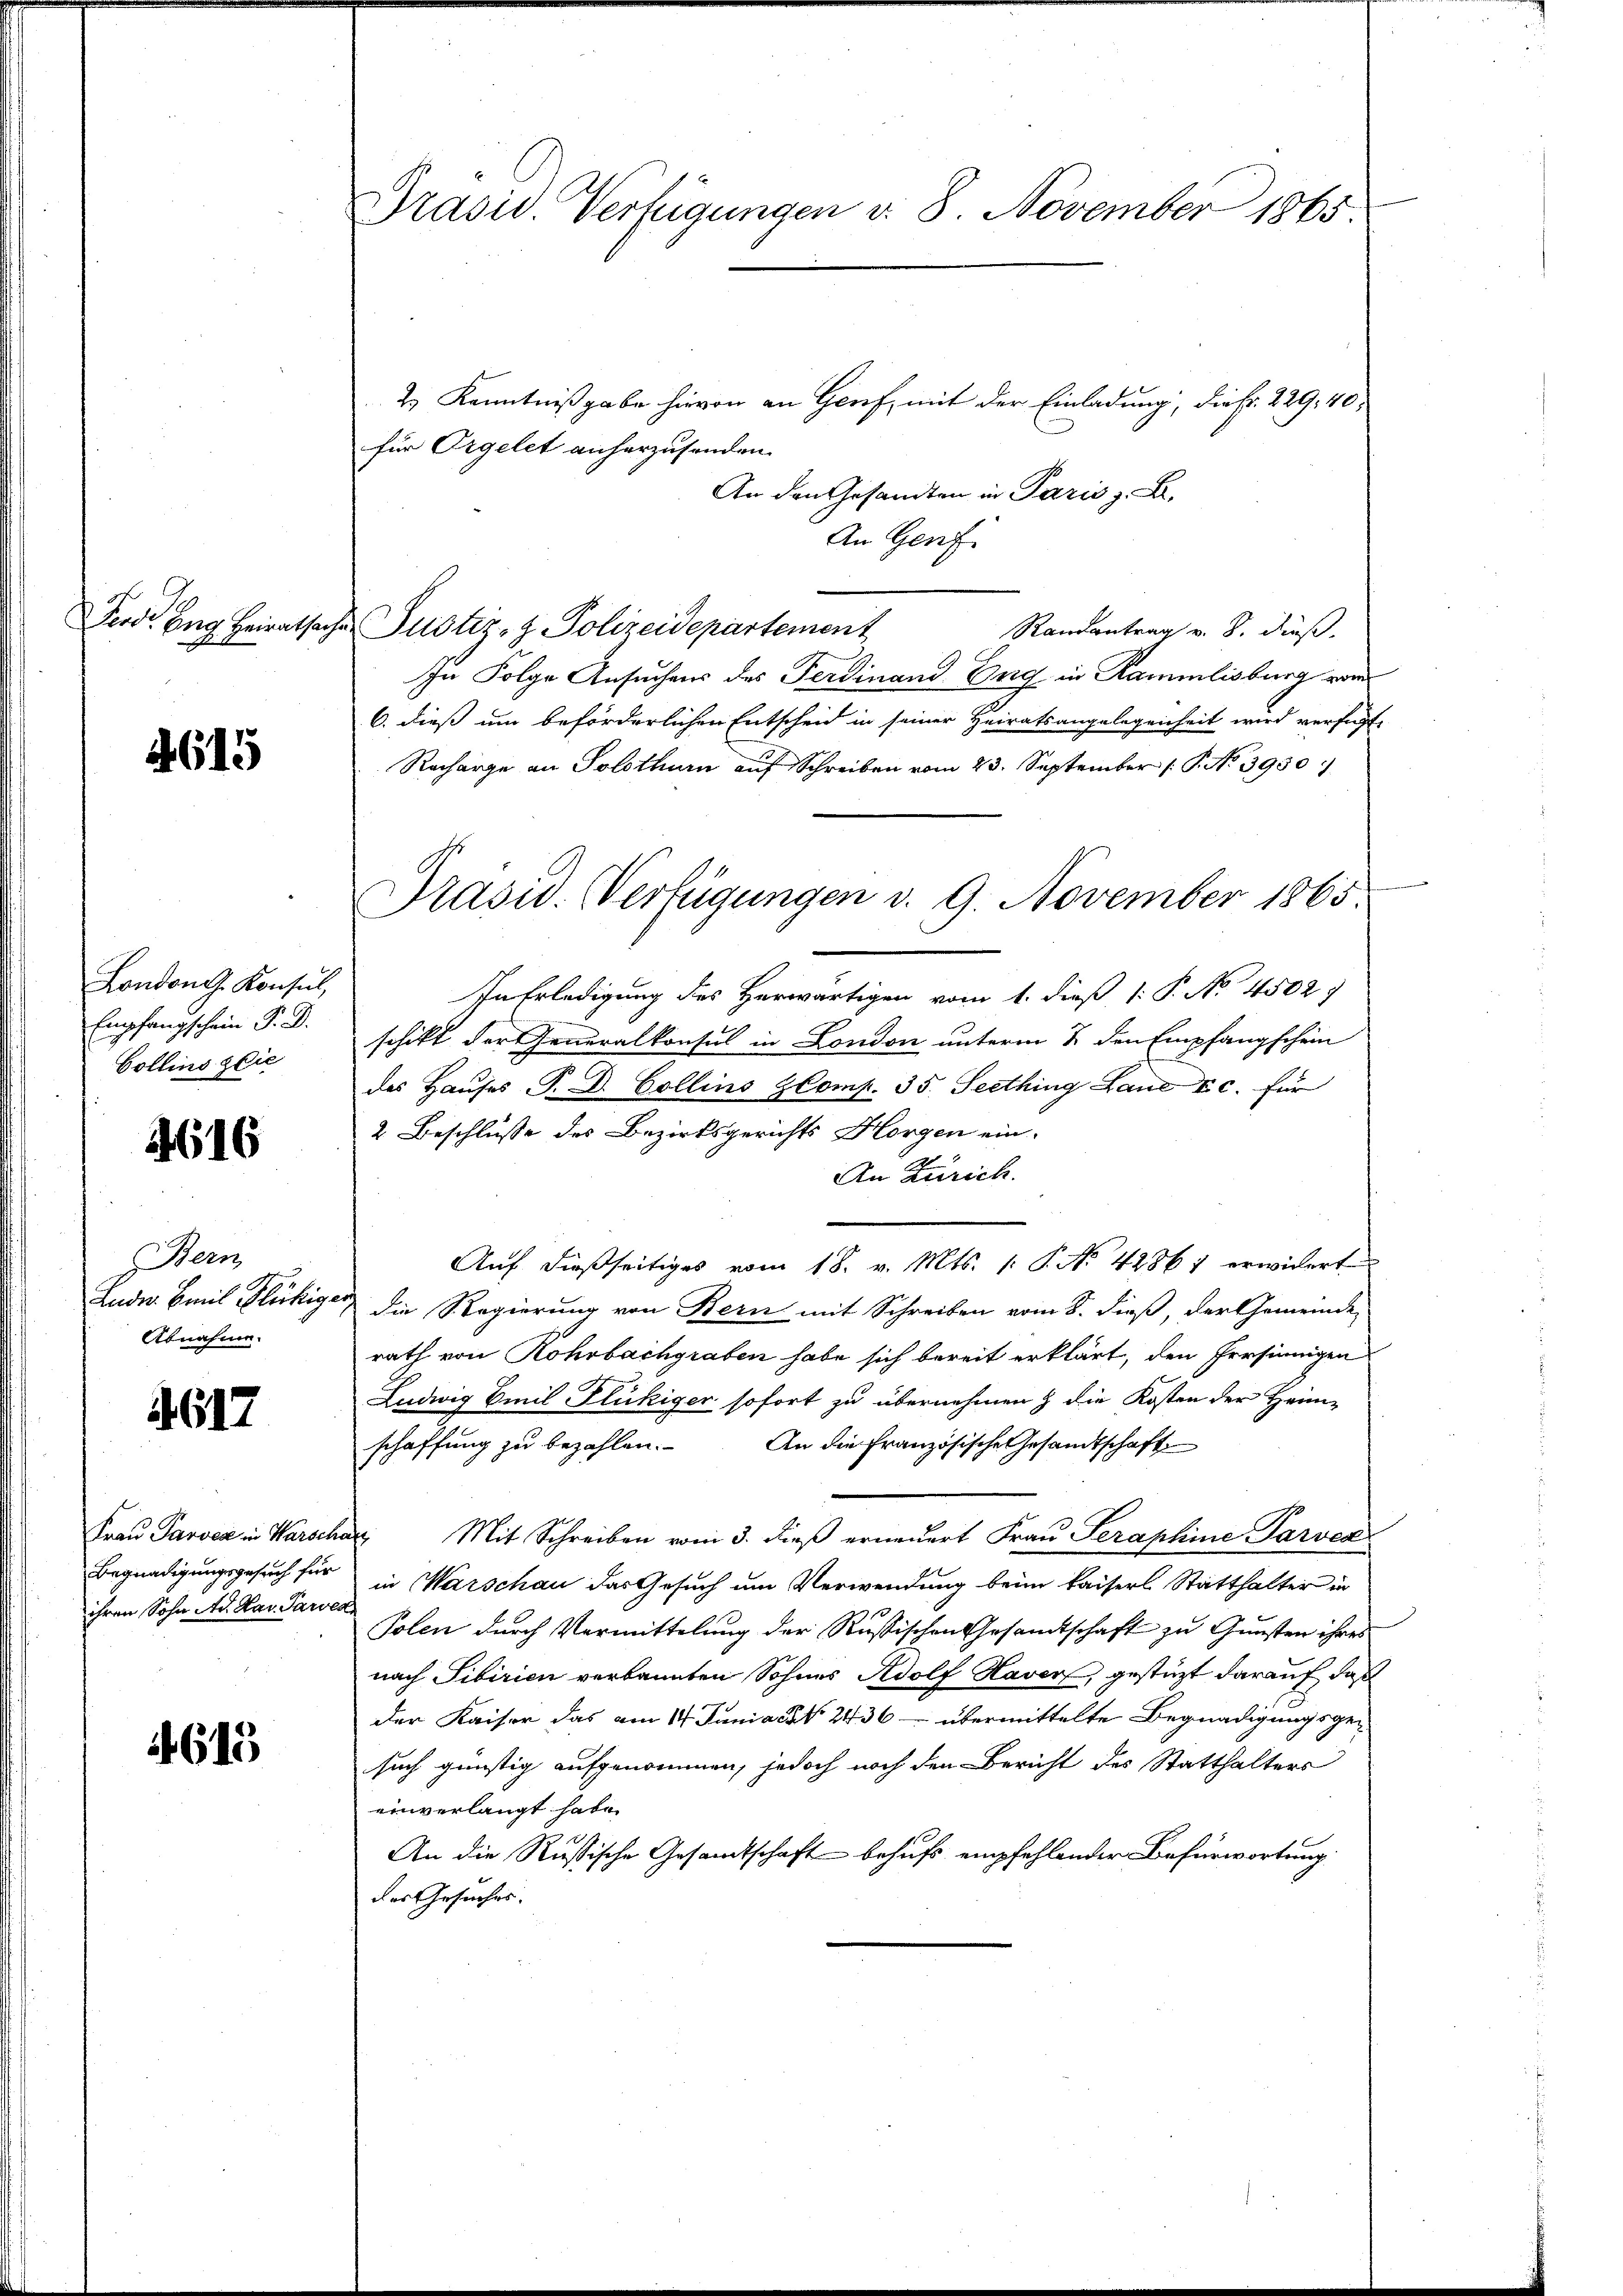
Ferd. Eng Beirathe

4615

Londong. Konsul,
Empfangschein P. D.
Collins zie

4616

Bern
Abnahme.

617

Begnadigungsgesuch für
ihren Sohn Ad. Kar Paren

4615

Prasis. Verfügungen v. 8. November 1865.

2.) Kenntnißgabe hievon an Genf, mit der Einladung, die Fr. 229, 40
für Orgelet anherzusenden.
An den Gesandten in Paris z. B.
An Genf
de Justiz- & Polizeidepartement
Randantrag v. 8. dieß.
In Folge Ansuchens des Ferdinand Eng in Kammlisburg vom
6. dieß um beförderlichen Entscheid in seiner Heiratsangelegenheit wird verfügt,
Racharge an Solothurn auf Schreiben vom 23. September P. No 3950
In Erledigung des Herwärtigen vom 1. dieß 1: P. No. 4502)
schikt der Generalkonsul in London unterm 2. den Empfangschein
das Hauses P. D. Collins Komp. 35. Seething Laue t c. für
2 Beschlüsse des Bezirksgerichts Horgen ein-
An Zürich.
Auf dießseitiges vom 18. v. Mts. 1. P. No. 42861 erwidert
Ludw. Emil Flückiger die Regierung von Kern mit Schreiben vom 8. dieß, der Gemeinde
rath von Rohrbachgraben habe sich bereit erklärt, den Persinnigen
Ludwig Emil Flückiger sofort zu übernehmen & die Kosten der Heimschaffung zu bezahlen. An die französische Gesamtschaft
Frau Parock in Warschar Mit Schreiben vom 3. dieß erneuert Frau Seraphine Parver
in Warschau das Gesuch um Verwendung beim Kaiserl Statthalter in
Polen durch Vermittelung der Rußischen Gesandtschaft zu Gunsten ihres
nach Tibirien verkannten Sohnes Adolf Haver, gestützt darauf, daß
der Kaiser das am 14. Juniack 2436 - übermittelte Begnadigungsge-
such günstig aufgenommen, jedoch noch den Bericht des Statthalters
einverlangt habe.
An die Russische Gesandtschaft behufs empfehlender Befürwortung
des Gesuches.

Präsid. Verfügungen v. 9. November 1865